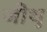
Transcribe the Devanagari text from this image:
जीथु